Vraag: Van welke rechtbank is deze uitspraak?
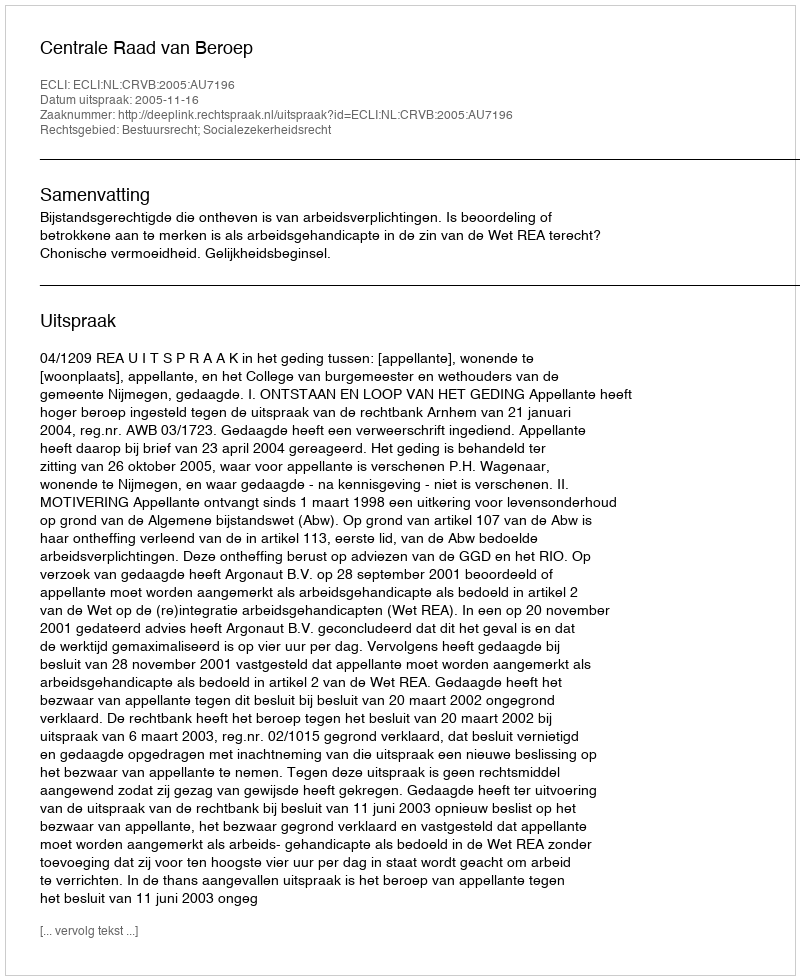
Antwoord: Centrale Raad van Beroep